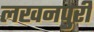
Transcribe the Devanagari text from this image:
लखनपुरी